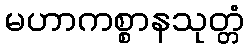
မဟာကစ္စာနသုတ္တံ